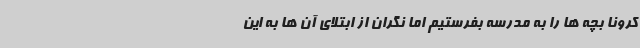
کرونا بچه ها را به مدرسه بفرستیم اما نگران از ابتلای آن ها به این